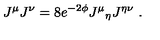
J ^ { \mu } J ^ { \nu } = 8 e ^ { - 2 \phi } J ^ { \mu } { } _ { \eta } J ^ { \eta \nu } \ .